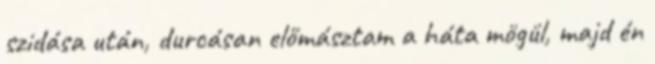
szidása után, durcásan előmásztam a háta mögül, majd én